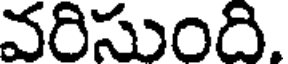
వరిసుంది.